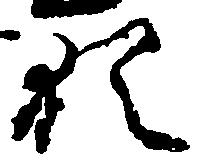
猶